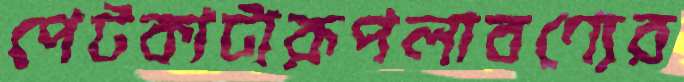
পেটকাটারূপলাবণ্যের